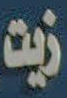
زيت